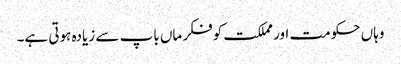
وہاں حکومت اور مملکت کوفکر ماں باپ سے زیادہ ہوتی ہے۔